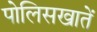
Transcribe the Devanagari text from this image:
पोलिसखातें